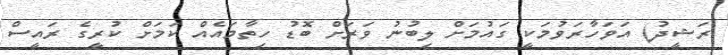
ރަޝީދު) އަވަހާރަވުމަކީ ގައުމަށް ލިބުނު ވަރަށް ބޮޑު ހިތާމައެއް ކަމަށް ކުރީގެ ރައީސް